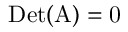
\mathrm { { D e t } ( A ) = 0 }